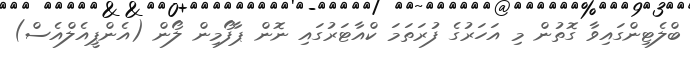
ބްލެޓިންގައިވާ ގޮތުން މި އަހަރުގެ ފުރަތަމަ ކްއާޓަރުގައި ނޮން ޕާފޯމިން ލޯން (އެންޕީއެލްއެސް)